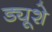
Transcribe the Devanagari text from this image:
ड्यूशे